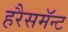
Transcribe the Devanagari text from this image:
हरैसमॅन्ट